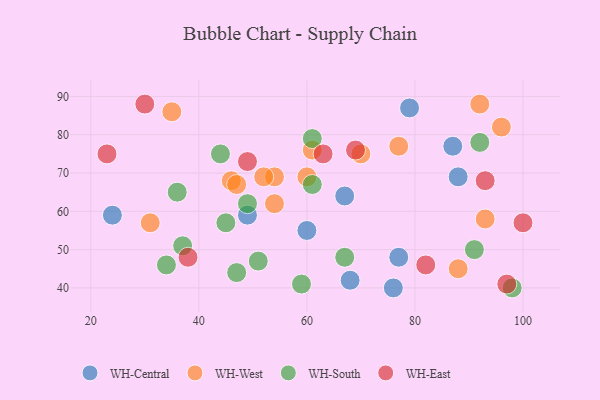
{"axis": {"x": "GDP", "y": "Life Expectancy"}, "legend": ["WH-Central", "WH-East", "WH-South", "WH-West"], "data": [{"x": "76", "y": 40, "type": "WH-Central"}, {"x": "49", "y": 59, "type": "WH-Central"}, {"x": "87", "y": 77, "type": "WH-Central"}, {"x": "77", "y": 48, "type": "WH-Central"}, {"x": "88", "y": 69, "type": "WH-Central"}, {"x": "68", "y": 42, "type": "WH-Central"}, {"x": "67", "y": 64, "type": "WH-Central"}, {"x": "24", "y": 59, "type": "WH-Central"}, {"x": "79", "y": 87, "type": "WH-Central"}, {"x": "60", "y": 55, "type": "WH-Central"}, {"x": "92", "y": 88, "type": "WH-West"}, {"x": "77", "y": 77, "type": "WH-West"}, {"x": "61", "y": 76, "type": "WH-West"}, {"x": "96", "y": 82, "type": "WH-West"}, {"x": "46", "y": 68, "type": "WH-West"}, {"x": "31", "y": 57, "type": "WH-West"}, {"x": "93", "y": 58, "type": "WH-West"}, {"x": "60", "y": 69, "type": "WH-West"}, {"x": "54", "y": 62, "type": "WH-West"}, {"x": "47", "y": 67, "type": "WH-West"}, {"x": "54", "y": 69, "type": "WH-West"}, {"x": "88", "y": 45, "type": "WH-West"}, {"x": "35", "y": 86, "type": "WH-West"}, {"x": "52", "y": 69, "type": "WH-West"}, {"x": "70", "y": 75, "type": "WH-West"}, {"x": "67", "y": 48, "type": "WH-South"}, {"x": "37", "y": 51, "type": "WH-South"}, {"x": "49", "y": 62, "type": "WH-South"}, {"x": "59", "y": 41, "type": "WH-South"}, {"x": "61", "y": 67, "type": "WH-South"}, {"x": "44", "y": 75, "type": "WH-South"}, {"x": "34", "y": 46, "type": "WH-South"}, {"x": "36", "y": 65, "type": "WH-South"}, {"x": "98", "y": 40, "type": "WH-South"}, {"x": "92", "y": 78, "type": "WH-South"}, {"x": "91", "y": 50, "type": "WH-South"}, {"x": "47", "y": 44, "type": "WH-South"}, {"x": "45", "y": 57, "type": "WH-South"}, {"x": "61", "y": 79, "type": "WH-South"}, {"x": "51", "y": 47, "type": "WH-South"}, {"x": "63", "y": 75, "type": "WH-East"}, {"x": "97", "y": 41, "type": "WH-East"}, {"x": "30", "y": 88, "type": "WH-East"}, {"x": "100", "y": 57, "type": "WH-East"}, {"x": "69", "y": 76, "type": "WH-East"}, {"x": "49", "y": 73, "type": "WH-East"}, {"x": "82", "y": 46, "type": "WH-East"}, {"x": "23", "y": 75, "type": "WH-East"}, {"x": "93", "y": 68, "type": "WH-East"}, {"x": "38", "y": 48, "type": "WH-East"}]}